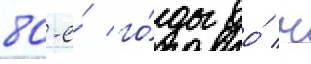
80-е́ го́ды до́ н